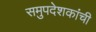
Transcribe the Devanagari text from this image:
समुपदेशकांची